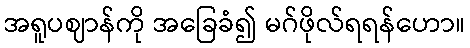
အရူပဈာန်ကို အခြေခံ၍ မဂ်ဖိုလ်ရရန်ဟော။